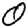
Digit: 0